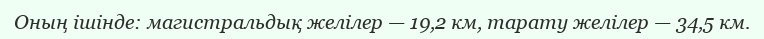
Оның ішінде: магистральдық желілер — 19,2 км, тарату желілер — 34,5 км.